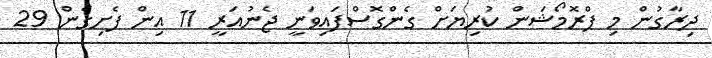
ދިރާގުން މި ޕްރޮމޯޝަން ކުރިޔަށް ގެންގޮސްފައިވަނީ ޖެނުއަރީ 11 އިން ފެށިގެން 29